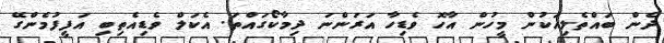
ދެން ބައްތެލިއަކުން މީހުން އާހޮ ވެޑިހާ އަރަންނަ ދިމާކޯގައްތަ. އެކަލް ވެޑިއެތިބި އަފީފުމެންގޭ